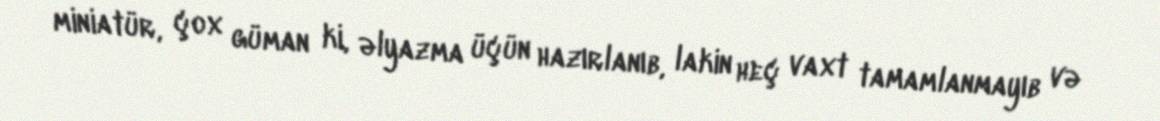
miniatür, çox güman ki, əlyazma üçün hazırlanıb, lakin heç vaxt tamamlanmayıb və